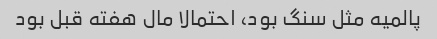
پالمیه مثل سنگ بود، احتمالا مال هفته قبل بود